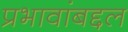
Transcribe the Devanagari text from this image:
प्रभावांबद्दल